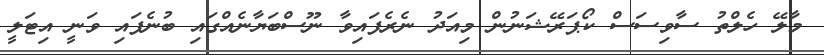
މާލޭ ހެލްތު ސާވިސަސް ކޯޕަރޭޝަނުން މިއަދު ނެރެފައިވާ ނޫސްބަޔާނެއްގައި ބުނެފައި ވަނީ އިޓަލީ